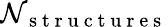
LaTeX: \mathcal{N}_{\mathrm{{~s~t~r~u~c~t~u~r~e~s~}}}